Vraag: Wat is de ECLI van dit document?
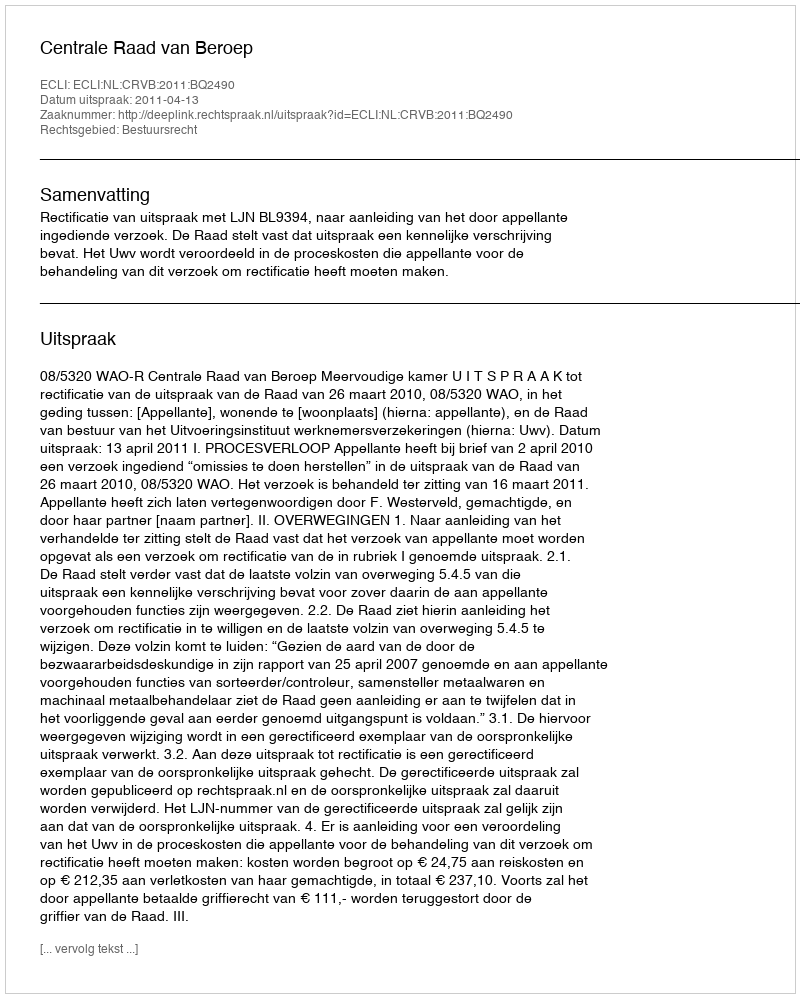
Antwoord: ECLI:NL:CRVB:2011:BQ2490